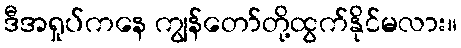
ဒီအရှုပ်ကနေ ကျွန်တော်တို့ထွက်နိုင်မလား။